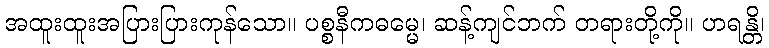
အထူးထူးအပြားပြားကုန်သော။ ပစ္စနီကဓမ္မေ၊ ဆန့်ကျင်ဘက် တရားတို့ကို။ ဟရန္တိ၊